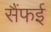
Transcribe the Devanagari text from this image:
सैंफई